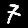
Digit: 7